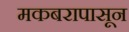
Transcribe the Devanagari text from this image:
मकबरापासून